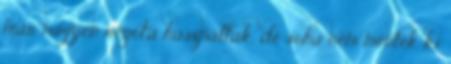
már nagyon régóta használtak, de soha nem mentek ki